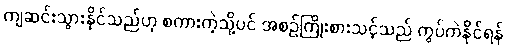
ကျဆင်းသွားနိုင်သည်ဟု စကားကဲ့သို့ပင် အစဉ်ကြိုးစားသင့်သည် ကွပ်ကဲနိုင်ရန်